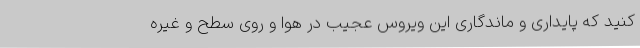
کنید که پایداری و ماندگاری این ویروس عجیب در هوا و روی سطح و غیره